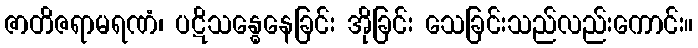
ဇာတိဇရာမရဏံ၊ ပဋိသန္ဓေနေခြင်း အိုခြင်း သေခြင်းသည်လည်းကောင်း။